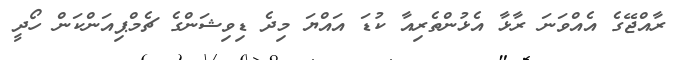
ރާއްޖޭގެ އެއްވަނަ ރާޅާ އެޅުންތެރިއާ ކުޑަ އައްޔަ މިދެ ޑިވިޝަންގެ ޗެމްޕިއަންކަން ހޯދީ